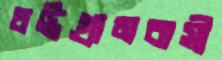
চট্টগ্রামবাসী